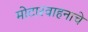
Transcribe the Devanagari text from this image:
मोटारवाहनाचे